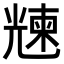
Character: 𠒵